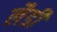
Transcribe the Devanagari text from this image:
लैडी